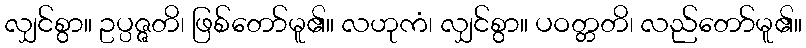
လျှင်စွာ။ ဥပ္ပဇ္ဇတိ၊ ဖြစ်တော်မူ၏။ လဟုကံ၊ လျှင်စွာ။ ပဝတ္တတိ၊ လည်တော်မူ၏။